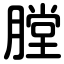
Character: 膛